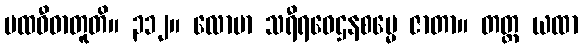
ပထဝီဓာတူတိ။ ၃၁၂။ လောမာ သရီရဝေဌနစမ္မေ ဇာတာ။ တတ္ထ ယထာ